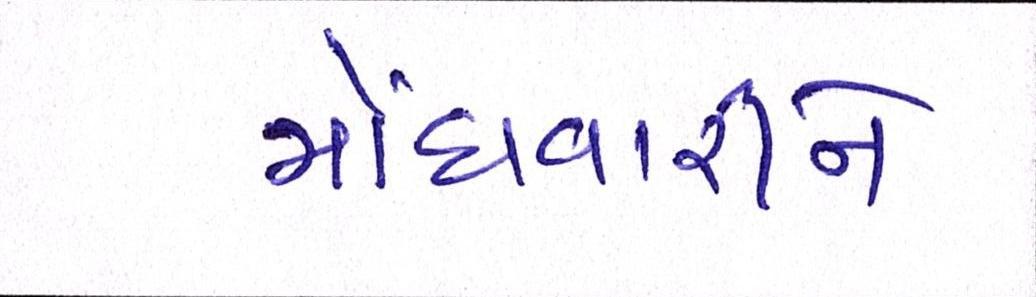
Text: મોંઘવારીને